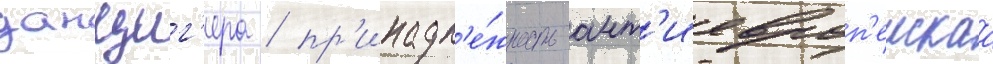
данциг'ера / пр'инадл'е́жность ант'иевроп'еискаа